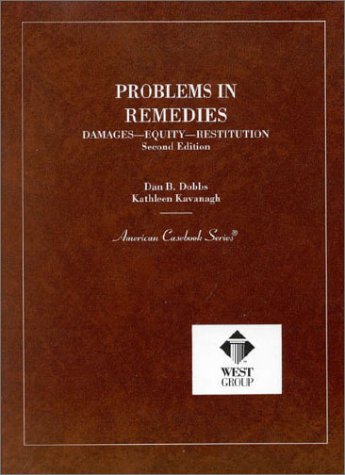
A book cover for Problems in Remedies (American Casebook Series); Dan Dobbs; Law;